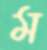
ম